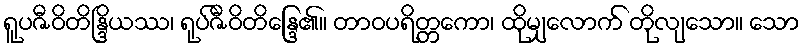
ရူပဇီဝိတိန္ဒြိယဿ၊ ရုပ်ဇီဝိတိန္ဒြေ၏။ တာဝပရိတ္တကော၊ ထိုမျှလောက် တိုလျသော။ သော